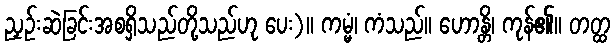
ညှဉ်းဆဲခြင်းအစရှိသည်တို့သည်ဟု ပေး)။ ကမ္မံ၊ ကံသည်။ ဟောန္တိ၊ ကုန်၏။ တတ္ထ